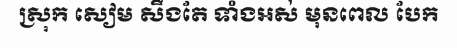
ស្រុក សៀម សឹងតែ ទាំងអស់ មុនពេល បែក